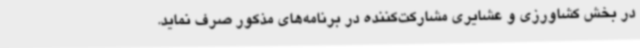
در بخش کشاورزی و عشایری مشارکت‌کننده در برنامه‌های مذکور صرف نماید.